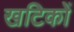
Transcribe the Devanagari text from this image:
खटिकों